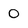
Character: 0